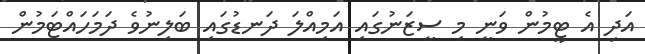
އަދި އެ ޓީމުން ވަނީ މި ސީޒަނުގައި އަމިއްލަ ދަނޑުގައި ބަލިނުވެ ދަމަހައްޓަމުން